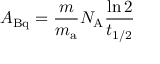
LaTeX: A _ { \mathrm { B q } } = { \frac { m } { m _ { \mathrm { a } } } } N _ { \mathrm { A } } { \frac { \ln 2 } { t _ { 1 / 2 } } }